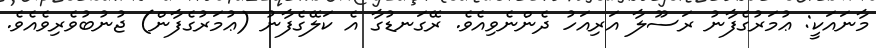
މާނައަކީ: ޢުމަރުގެފާނު ރަސޫލާ އަރިއަހު ދެންނެވިއެވެ. ރޭގަނޑުގާ އެ ކަލޭގެފާނު (ޢުމަރުގެފާން) ޖުނުބުވެރިވެއެވެ.